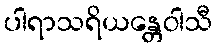
ပါရာသရိယန္တေဝါသီ